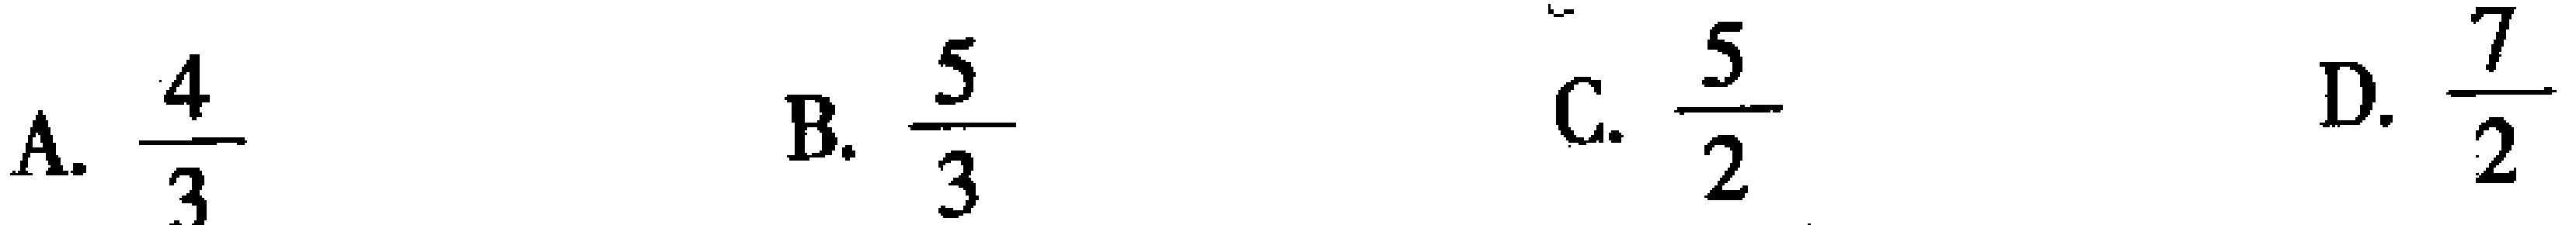
A. $\frac{4}{3}$  B. $\frac{5}{3}$  C. $\frac{5}{2}$  D. $\frac{7}{2}$